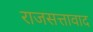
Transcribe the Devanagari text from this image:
राजसत्तावाद